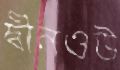
দ্বীনওউ